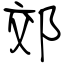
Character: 郊